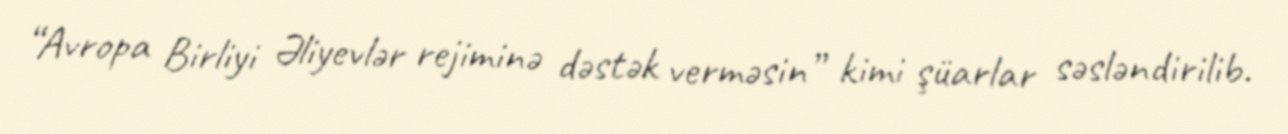
“Avropa Birliyi Əliyevlər rejiminə dəstək verməsin” kimi şüarlar səsləndirilib.